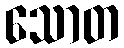
သောတ